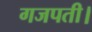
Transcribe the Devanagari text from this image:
गजपती।